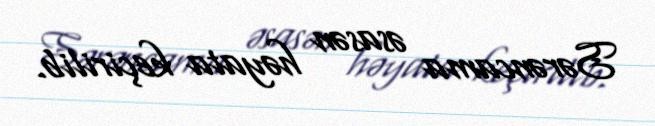
Sərəncama əsasən həyata keçirilib.